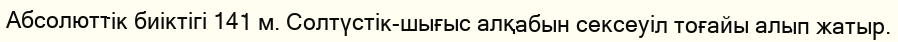
Абсолюттiк биіктігі 141 м. Солтүстік-шығыс алқабын сексеуіл тоғайы алып жатыр.